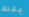
يمكنك